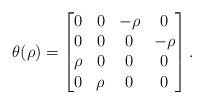
LaTeX: \begin{align*}\theta(\rho)=\begin{bmatrix}0&0&-\rho&0\\0&0&0&-\rho\\\rho&0&0&0\\0&\rho&0&0\end{bmatrix}.\end{align*}